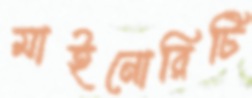
মাইনোরিটি